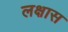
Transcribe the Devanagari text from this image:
लक्षास